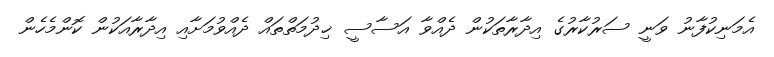
އެމަނިކުފާނު ވަނީ ސަރުކާރުގެ އިދާރާތަކުން ދެއްވާ އަސާސީ ޚިދުމަތްތައް ދެއްވުމަށާއި އިދާރާއަކުން ކޮންމެހެން